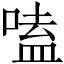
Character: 嗑